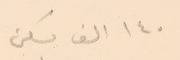
١٤٠ الف مسكن